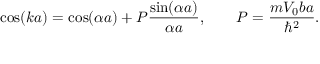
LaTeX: \cos ( k a ) = \cos ( \alpha a ) + P { \frac { \sin ( \alpha a ) } { \alpha a } } , \qquad P = { \frac { m V _ { 0 } b a } { \hbar ^ { 2 } } } .